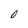
Character: 0